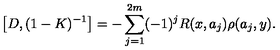
\left[ D , ( 1 - K ) ^ { - 1 } \right] = - \sum _ { j = 1 } ^ { 2 m } ( - 1 ) ^ { j } R ( x , a _ { j } ) \rho ( a _ { j } , y ) .